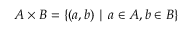
A \times B = \{ ( a , b ) \mid a \in A , b \in B \}